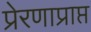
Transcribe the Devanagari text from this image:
प्रेरणाप्राप्त